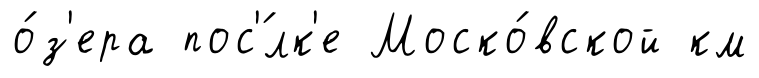
о́з'ера пос'́лк'е Моско́вской км